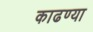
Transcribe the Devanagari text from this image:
काढण्या